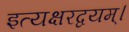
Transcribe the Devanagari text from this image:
इत्यक्षरद्वयम्।